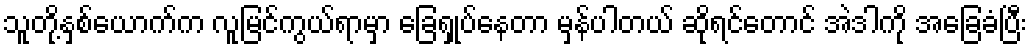
သူတို့နှစ်ယောက်က လူမြင်ကွယ်ရာမှာ ခြေရှုပ်နေတာ မှန်ပါတယ် ဆိုရင်တောင် အဲဒါကို အခြေခံပြီး